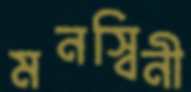
মনস্বিনী